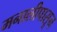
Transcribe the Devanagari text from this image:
मनालीपासून